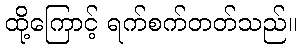
ထို့ကြောင့် ရက်စက်တတ်သည်။